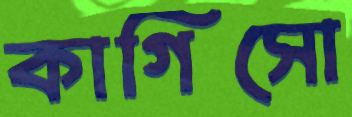
কাগিসো